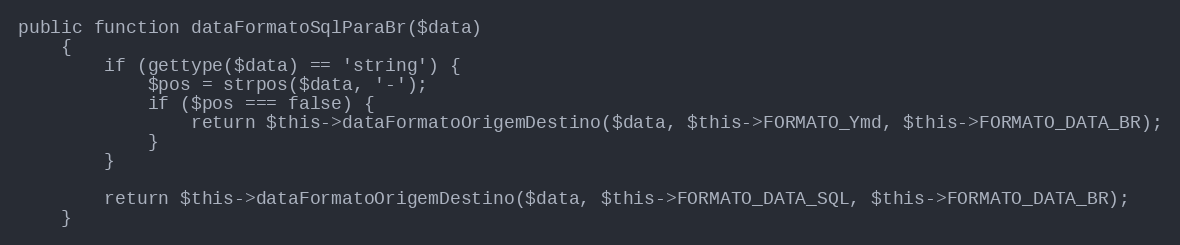
Language: PHP
public function dataFormatoSqlParaBr($data)
    {
        if (gettype($data) == 'string') {
            $pos = strpos($data, '-');
            if ($pos === false) {
                return $this->dataFormatoOrigemDestino($data, $this->FORMATO_Ymd, $this->FORMATO_DATA_BR);
            }
        }

        return $this->dataFormatoOrigemDestino($data, $this->FORMATO_DATA_SQL, $this->FORMATO_DATA_BR);
    }